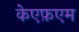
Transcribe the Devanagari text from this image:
केएफ़एम